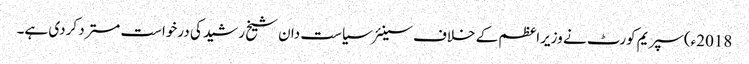
2018ء)سپریم کورٹ نے وزیراعظم کے خلاف سینئر سیاست دان شیخ رشید کی درخواست مسترد کردی ہے۔